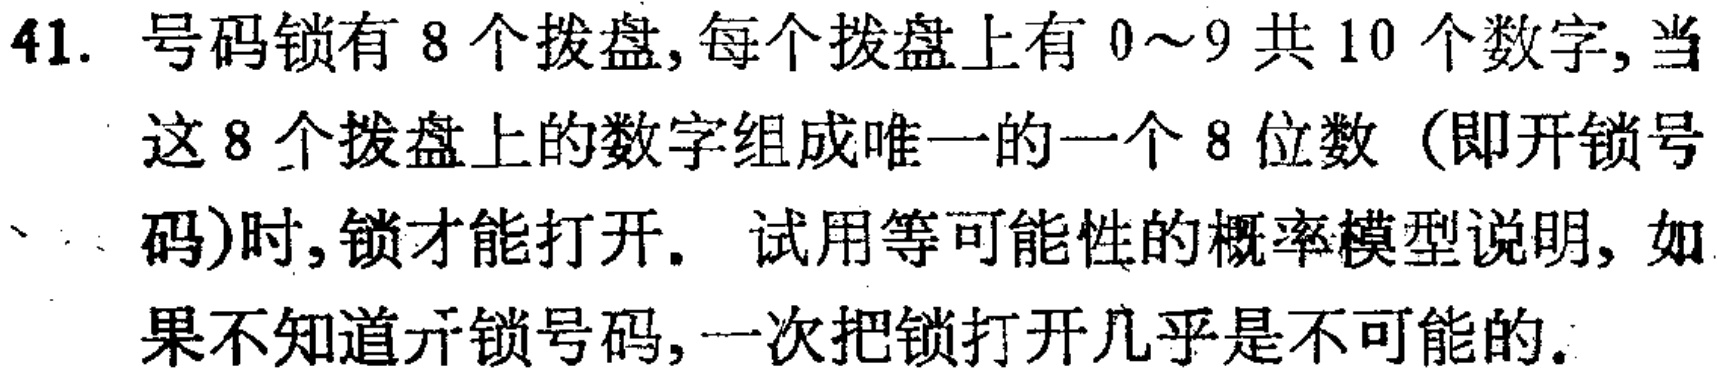
41. 号码锁有 8 个拨盘, 每个拨盘上有 \(0\sim9\) 共 10 个数字, 当这 8 个拨盘上的数字组成唯一的一个 8 位数（即开锁号码)时, 锁才能打开. 试用等可能性的概率模型说明, 如果不知道开锁号码, 一次把锁打开几乎是不可能的.